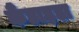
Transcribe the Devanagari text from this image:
कैंडाइडा